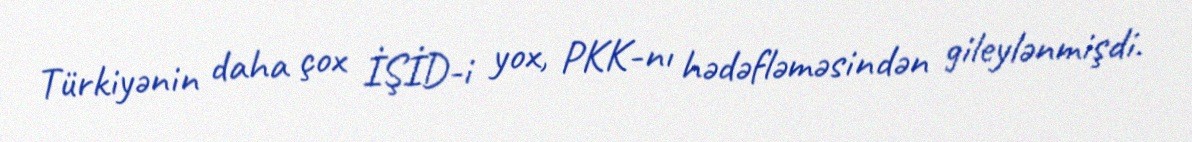
Türkiyənin daha çox İŞİD-i yox, PKK-nı hədəfləməsindən gileylənmişdi.